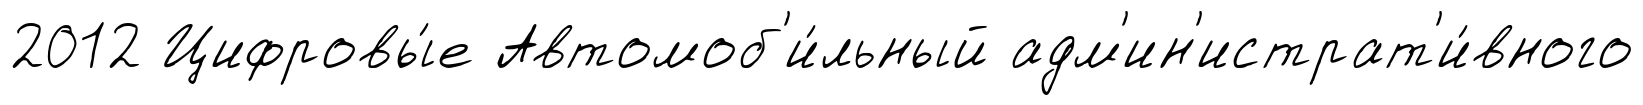
2012 Цифровы́е Автомоб'и́льный адм'ин'истрат'и́вного